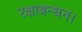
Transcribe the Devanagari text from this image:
रक्षाबन्धन।